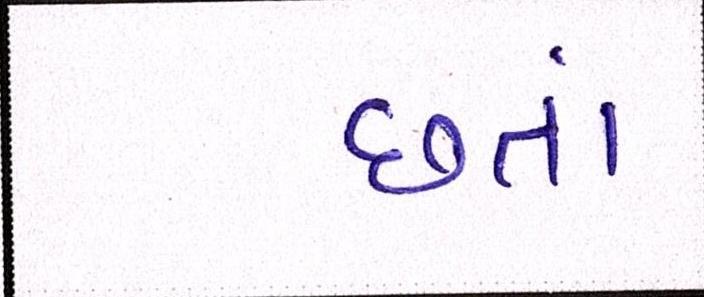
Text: છતાં